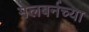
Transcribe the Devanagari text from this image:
मेलबर्नच्या